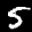
Label: 5